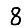
Digit: 8